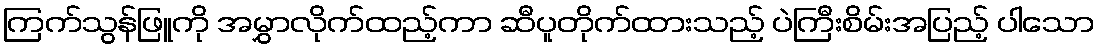
ကြက်သွန်ဖြူကို အမွှာလိုက်ထည့်ကာ ဆီပူတိုက်ထားသည့် ပဲကြီးစိမ်းအပြည့် ပါသော